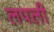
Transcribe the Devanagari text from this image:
लपली